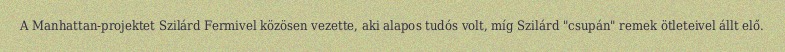
A Manhattan-projektet Szilárd Fermivel közösen vezette, aki alapos tudós volt, míg Szilárd "csupán" remek ötleteivel állt elő.